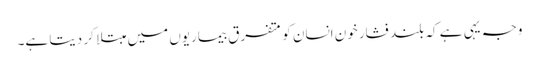
وجہ یہی ہے کہ بلند فشار خون انسان کو متفرق بیماریوں میں مبتلا کر دیتا ہے۔